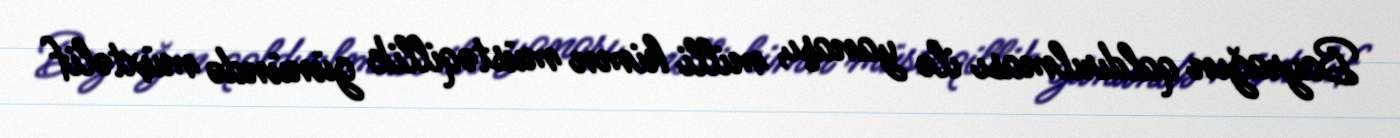
Bayrağın qaldırılması ilə yanaşı, milli himn müstəqillik günündə müxtəlif